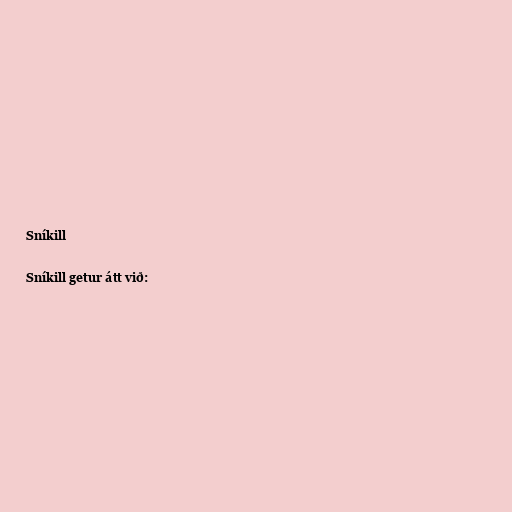
Sníkill

Sníkill getur átt við: